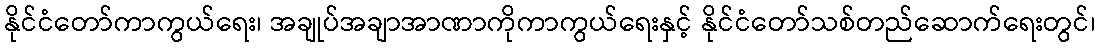
နိုင်ငံတော်ကာကွယ်ရေး၊ အချုပ်အချာအာဏာကိုကာကွယ်ရေးနှင့် နိုင်ငံတော်သစ်တည်ဆောက်ရေးတွင်၊